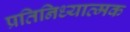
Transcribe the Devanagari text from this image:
प्रतिनिध्यात्मक